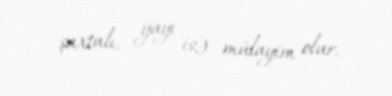
şaxtalı, yayı isə mülayim olur.